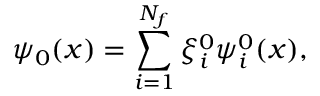
\psi _ { 0 } ( x ) = \sum _ { i = 1 } ^ { N _ { f } } \xi _ { i } ^ { 0 } \psi _ { i } ^ { 0 } ( x ) ,